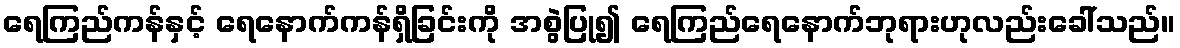
ရေကြည်ကန်နှင့် ရေနောက်ကန်ရှိခြင်းကို အစွဲပြု၍ ရေကြည်ရေနောက်ဘုရားဟုလည်းခေါ်သည်။